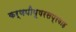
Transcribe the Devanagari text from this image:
कर्णपीयूषरसप्रवाह